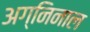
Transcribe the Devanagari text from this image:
अग्निनाल